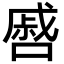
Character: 㗤